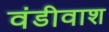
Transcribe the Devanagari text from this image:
वंडीवाश